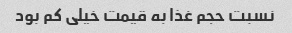
نسبت حجم غذا به قیمت خیلی کم بود